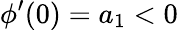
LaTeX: \phi^{\prime}(0)=a_{1}<0